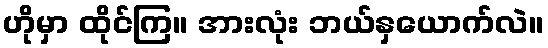
ဟိုမှာ ထိုင်ကြ။ အားလုံး ဘယ်နှယောက်လဲ။